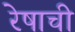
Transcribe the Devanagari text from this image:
रेषाची